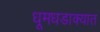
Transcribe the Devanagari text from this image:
धूमधडाक्यात